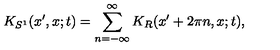
K _ { S ^ { 1 } } ( x ^ { \prime } , x ; t ) = \sum _ { n = - \infty } ^ { \infty } K _ { R } ( x ^ { \prime } + 2 \pi n , x ; t ) ,